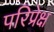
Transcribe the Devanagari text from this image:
परिप्रेक्ष